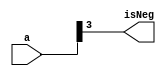
module FindSign(isNeg, a);
	input [3:0] a;
	output isNeg;

	assign isNeg = a[3];
endmodule

module Compare(aGtB, aEqB, aLtB, a, b);
	input [3:0] a, b;
	output reg aGtB, aEqB, aLtB;

	wire signA, signB;

	FindSign fs0(signA, a);
	FindSign fs1(signB, b);

	always @(a, b, signA, signB)
	begin
		if (signA ^ signB)
		begin
			aGtB = ~signA;
			aEqB = 0;
			aLtB = ~signB;
		end
		else if (a > b)
		begin
			aGtB = 1;
			aEqB = 0;
			aLtB = 0;
		end
		else if (a == b)
		begin
			aGtB = 0;
			aEqB = 1;
			aLtB = 0;
		end
		else
		begin
			aGtB = 0;
			aEqB = 0;
			aLtB = 1;
		end
	end
endmodule

module testBench;
	reg [3:0] a, b;
	wire aGtB, aEqB, aLtB;
	
	Compare c0(aGtB, aEqB, aLtB, a, b);

	initial
	begin
		$monitor($time, "\ta =%b\tb =%b\t%b\t%b\t%b", a, b, aGtB, aEqB, aLtB);
		a = -8; b = -5;
		#5 a = 2; b = 7;
		#10 a = 5; b = -1;
		#15 a = 10; b = 10;
	end
endmodule